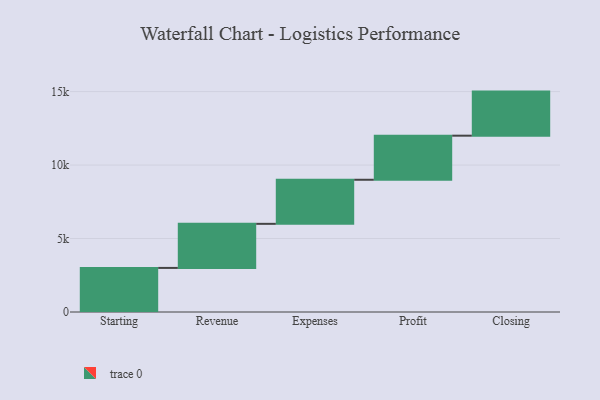
{"axis": {"x": "Step", "y": "Value"}, "legend": [""], "data": [{"x": "Starting", "y": 3000, "type": ""}, {"x": "Revenue", "y": 3000, "type": ""}, {"x": "Expenses", "y": 3000, "type": ""}, {"x": "Profit", "y": 3000, "type": ""}, {"x": "Closing", "y": 3000, "type": ""}]}